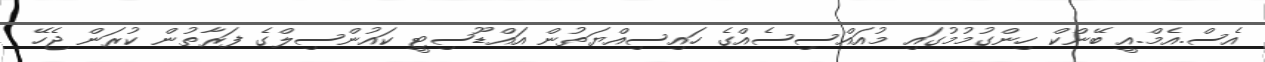
އެސް.އެމް.އީ ބޭންކް ހިންގުމުމުގައި މުއައްސިސެއްގެ ހައިސިއްޔަތުން އައްޑޫސިޓީ ކައުންސިލްގެ ފަރާތުން ކުރަން ޖެހޭ